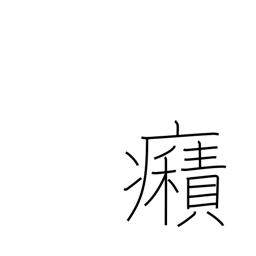
Meaning: spasms